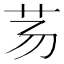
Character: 𰰢